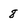
Character: 8